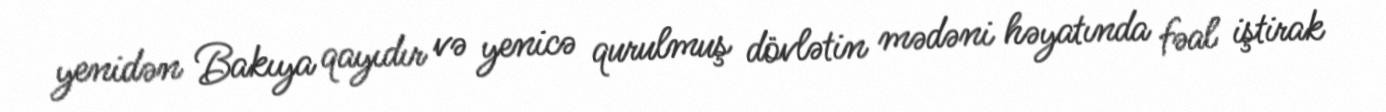
yenidən Bakıya qayıdır və yenicə qurulmuş dövlətin mədəni həyatında fəal iştirak